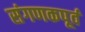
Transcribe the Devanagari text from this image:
संगणकपूर्व